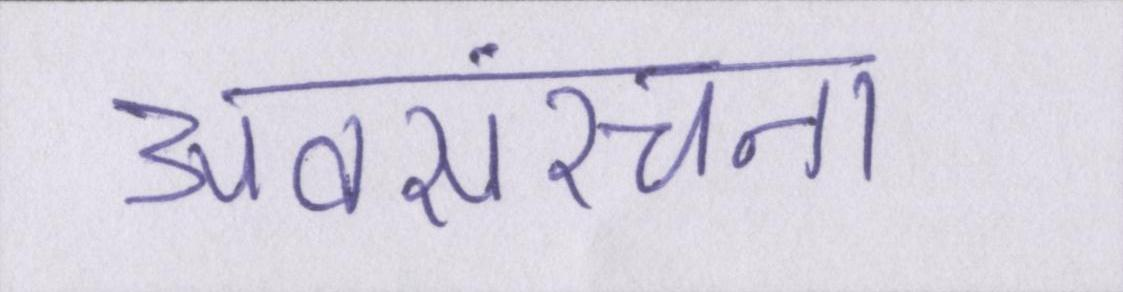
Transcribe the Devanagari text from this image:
अवसंरचना